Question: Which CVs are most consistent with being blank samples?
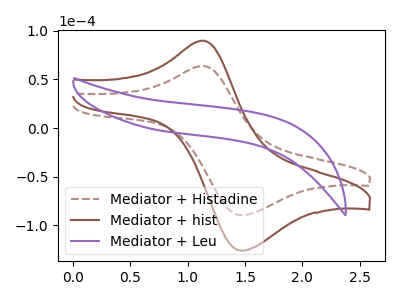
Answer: <think>The brown dashed curve "Mediator + Histadine" has an anodic peak at (1.15V, 63.85uA) and a cathodic peak at (1.45V, -89.45uA). The brown curve "Mediator + hist" has an anodic peak at (1.15V, 89.85uA) and a cathodic peak at (1.45V, -125.90uA). The purple curve "Mediator + Leu" has no peaks.</think>
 <answer>"Mediator + Leu" is likely to be a blank.</answer>
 <eval>Mediator + Leu</eval>